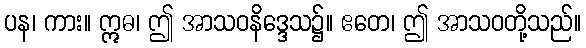
ပန၊ ကား။ ဣဓ၊ ဤ အာသဝနိဒ္ဒေသ၌။ ဧတေ၊ ဤ အာသဝတို့သည်။